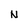
Character: N